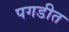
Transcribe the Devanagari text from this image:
पगडीत